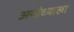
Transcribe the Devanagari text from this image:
अयोध्याला